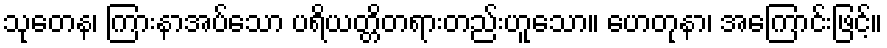
သုတေန၊ ကြားနာအပ်သော ပရိယတ္တိတရားတည်းဟူသော။ ဟေတုနာ၊ အကြောင်းဖြင့်။